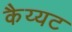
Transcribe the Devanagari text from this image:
कैय्यट